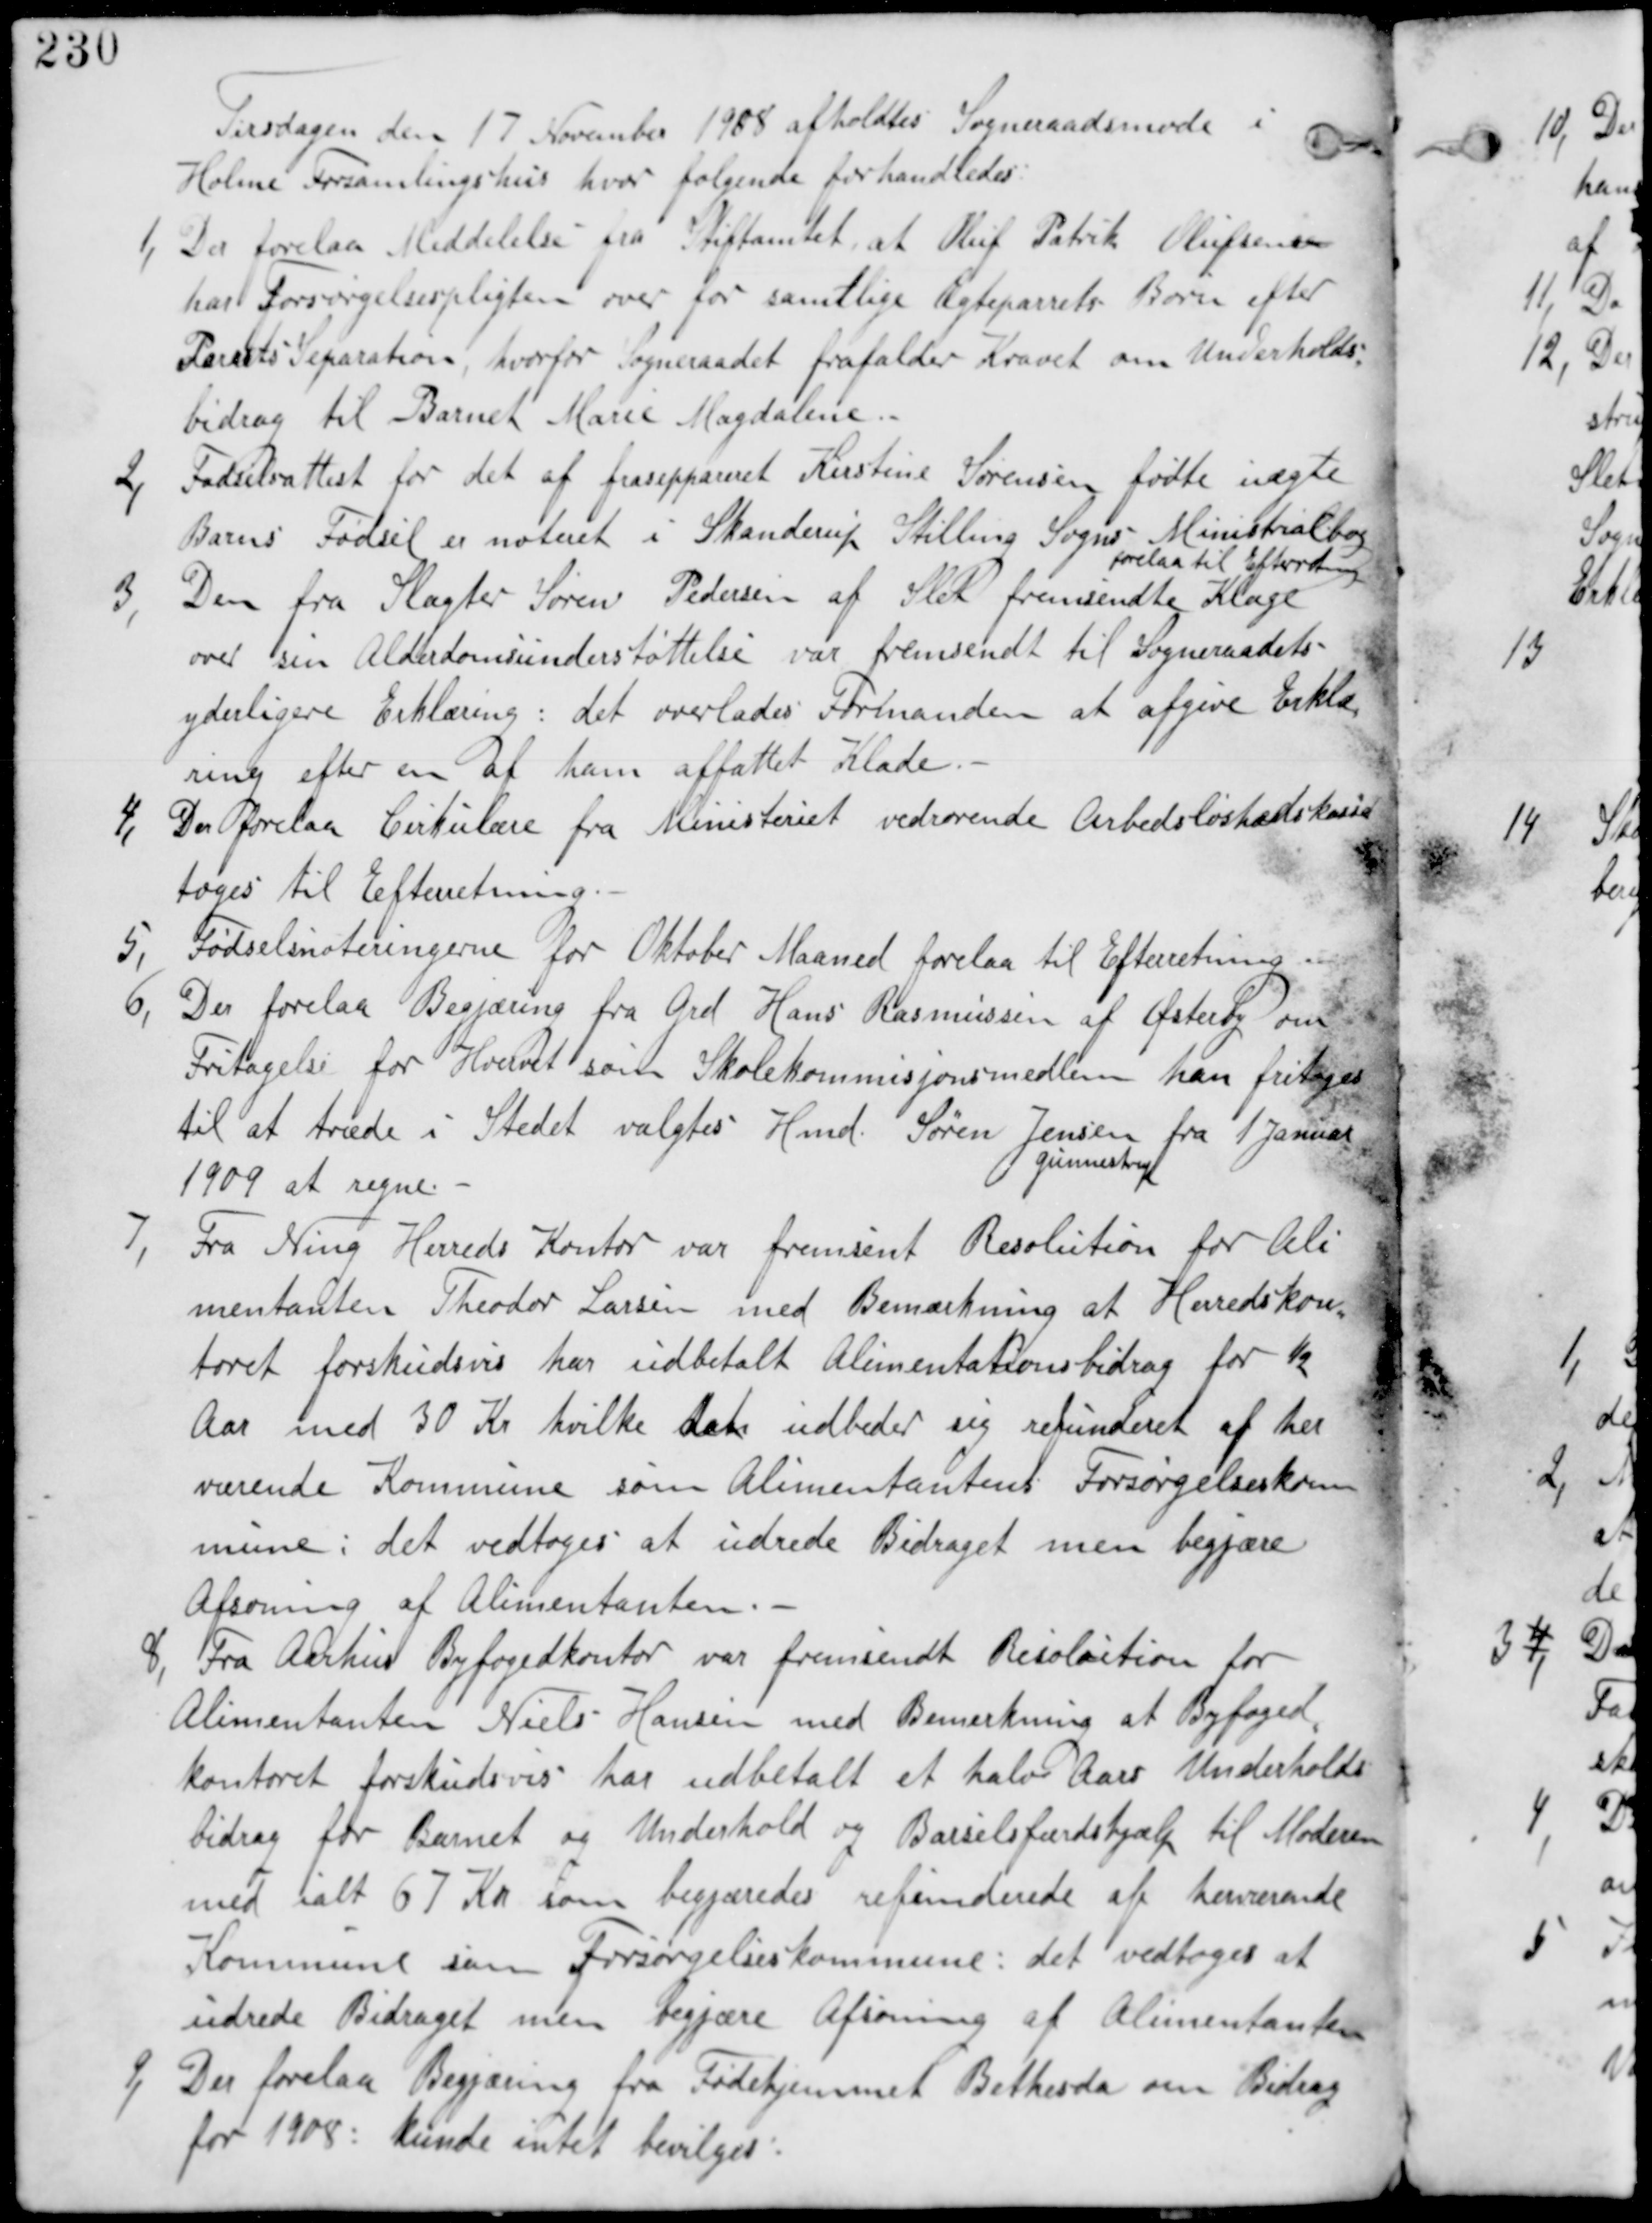
Transskription:
Tirsdagen den 17 November 1908 afholdtes Sogneraadsmøde i
Holme Forsamlingshus hvor følgende forhandledes.

1, Der forelaa meddelelse fra Stiftamtet, at Oluf Patrik Olufsen
har Forsørgelsespligten over for samtlige Ægteparrets Børn efter
Parrets Separation, hvorfor Sogneraadet frafalder Kravet om Underholds-
bidrag til Barnet Marie Magdalene.

Fødselsattest for det af fraseppareret Kirstine Sørensen fødte uægte
Barns Fødsel er noteret i Skanderup Stilling Sogns Ministerialbog.
forelaa til Efterretning

3, Den fra Slagter Søren Pedersen af Sleth fremsendte Klage
over sin Alderdomsunderstøttelse var fremsendt til Sogneraadets
yderligere Erklæring: det overlades Formanden at afgive Erklæ-
ring efter en af ham affattet Kladde.

4, Der forlaa Cirkulære fra Ministeriet vedrørende Arbedsløshedskasse
tages til Efterretning.

5, Fødselsnoteringerne fra Oktober Maaned forelaa til Efterretning

6, Der forelaa Begjæring fra Grd Hans Rasmussen af Østerby om
Fritagelse for Hvervet som Skolekommissjonsmedlem han fritages
til at træde i Stedet valgtes Hmd Søren Jensen
Gunnestrup
fra 1 Januar
1909 at regne.

7,
Fra Ning Herreds Kontor var fremsendt Resolution for Ali
mentanten Theodor Lassen med Bemærkning at Herredskon
toret forskudsvis har indbetalt Alimentationsbidrag for ½
Aar med 30 Kr hvilke  udbeder sig refunderet af her
værende Kommune som Alimentantens Forsørgelseskom
mune i det vedtages at udrede Bidraget men begjære
Afsoning af Alimentanten.

8, Fra Aarhus Byfogedkontor var fremsendt Resolution for
Alimentanten Niels Hansen med Bemærkning at Byfoged
kontoret forskudsvis har udbetalt et halv Aars Underholds
bidrag for Barnet og Underhold og Barselsfærdshjælp til Moderen
med ialt 67 Kr begjæres refunderet af herværende
Kommune som Forsørgelseskommune: det vedtages at
udrede Bidraget men begjære Afsoning af Alimentanten

9, Der forelaa Begjæring fra Fødehjemmet Bethesda om Bidrag
for 1908: kunne ikke bevilges: